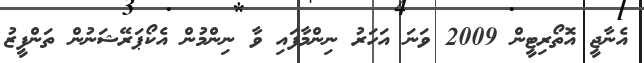
އެނާޖީ އޮތޯރިޓީން 2009 ވަނަ އަހަރު ނިންމާފައި ވާ ނިންމުން އެކޯޕަރޭޝަނުން ތަންފީޒު